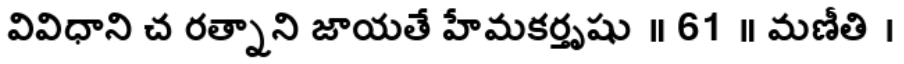
వివిధాని చ రత్నాని జాయతే హేమకర్తృషు ॥ 61 ॥ మణీతి ।